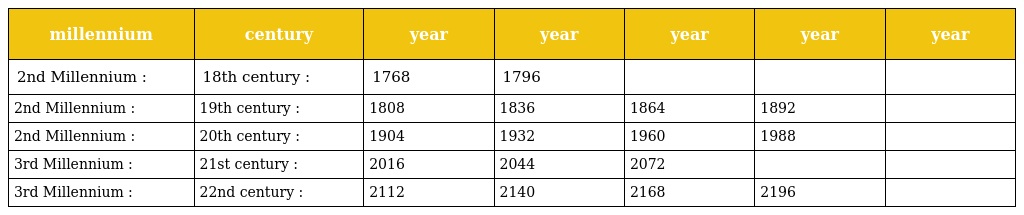
| millennium | century | year | year | year | year | year |
 | --- | --- | --- | --- | --- | --- | --- |
 | 2nd Millennium : | 18th century : | 1768 | 1796 |  |  |  |
 | 2nd Millennium : | 19th century : | 1808 | 1836 | 1864 | 1892 |  |
 | 2nd Millennium : | 20th century : | 1904 | 1932 | 1960 | 1988 |  |
 | 3rd Millennium : | 21st century : | 2016 | 2044 | 2072 |  |  |
 | 3rd Millennium : | 22nd century : | 2112 | 2140 | 2168 | 2196 |  |